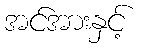
အင်အားနှင့်